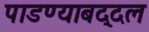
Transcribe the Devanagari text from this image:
पाडण्याबद्दल